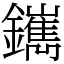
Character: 䥴